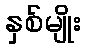
နှစ်မျိုး